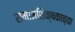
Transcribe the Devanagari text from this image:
समाजशिक्षकाच्या